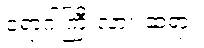
ရောဂါကြီးလား ဆရာ။